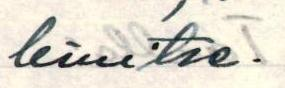
limitse.